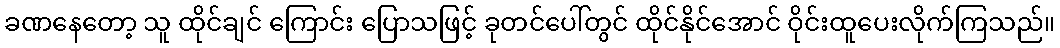
ခဏနေတော့ သူ ထိုင်ချင် ကြောင်း ပြောသဖြင့် ခုတင်ပေါ်တွင် ထိုင်နိုင်အောင် ဝိုင်းထူပေးလိုက်ကြသည်။